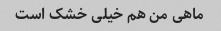
ماهی من هم خیلی خشک است